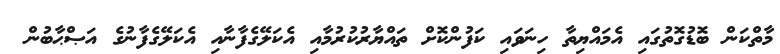
މާތްކަން ބޮޑުގޮތުގައި އެމައްޔިތާ ހިނަވައި ކަފުންކޮށް ތައްޔާރުކުރުމާއި އެކަލޭގެފާނާއި އެކަލޭގެފާނުގެ އަޞްޙާބުން